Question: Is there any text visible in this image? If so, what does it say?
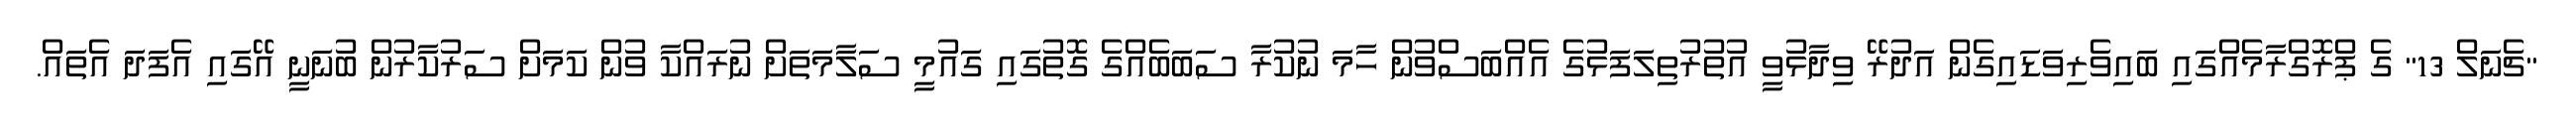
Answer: "ޗެނަލް 13" ގެ ޕްރޮގްރާމެއްގައި ބައިވެރިވަޑައިގެން އަދުރޭ ވިދާޅުވީ އުތުރުތިލަފަޅުގެ އެއްބަސްވުން ހާމަ ނުކުރާ ސަބަބެއްގެ ގޮތުގައި ގައުމީ ސަލާމަތަށް ނުރައްކާ ވުން ކަމަށް ސަރުކާރުން ބުނަނީ އޭގައި އެފަދަ އެތައް.